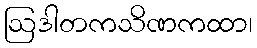
ဩဒါတကသိဏကထာ၊